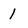
Character: 1